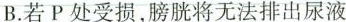
B.若P处受损，膀胱将无法排出尿液